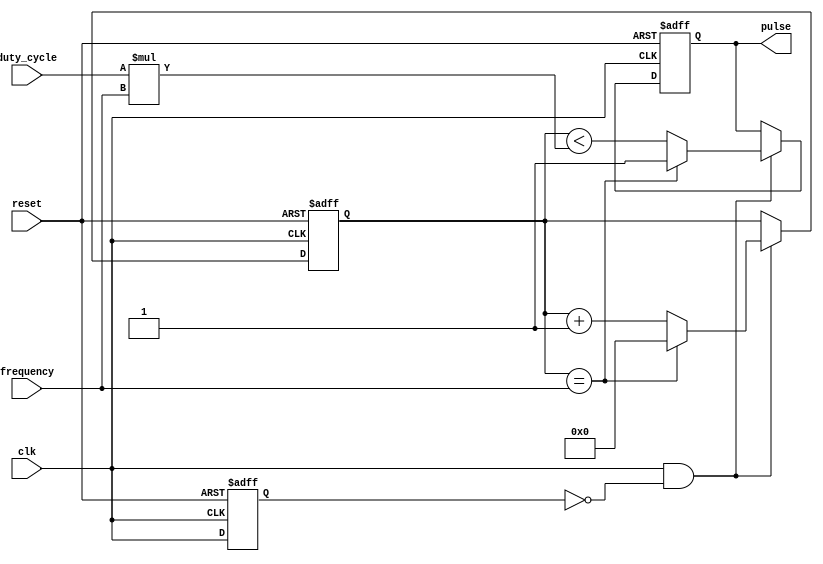
module AsyncPulseGenerator(
    input clk,
    input reset,
    input frequency,     // Frequency control input
    input duty_cycle,    // Duty cycle control input
    output reg pulse
);

reg [3:0] count;
reg prev_clk;

always @(posedge clk or posedge reset) begin
    if (reset) begin
        prev_clk <= 1'b0;
        count <= 4'd0;
        pulse <= 1'b0;
    end else begin
        prev_clk <= clk;
        if (clk & !prev_clk) begin
            if (count == frequency) begin
                pulse <= 1'b1;
                count <= 4'd0;
            end else begin
                count <= count + 1;
                pulse <= (count < (duty_cycle * frequency));
            end
        end
    end
end

endmodule